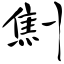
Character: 劁